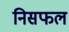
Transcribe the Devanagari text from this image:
निसफल